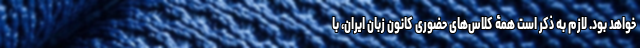
خواهد بود. لازم به ذکر است همۀ کلاس‌‌های حضوری کانون زبان ایران، با